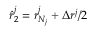
\hat { r } _ { 2 } ^ { j } = r _ { N _ { j } } ^ { j } + \Delta r ^ { j } / 2